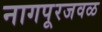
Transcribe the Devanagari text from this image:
नागपूरजवळ